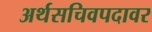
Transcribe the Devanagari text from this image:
अर्थसचिवपदावर